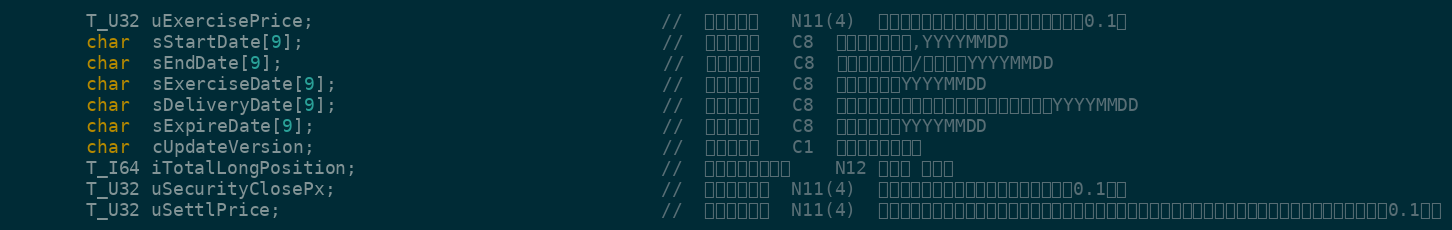
Language: C
	   T_U32 uExercisePrice;	                            //  期权行权价	N11(4)	经过除权除息调整后的期权行权价，精确到0.1厘
	   char  sStartDate[9];                                 //	首个交易日	C8	期权首个交易日,YYYYMMDD
	   char  sEndDate[9];                                   //	最后交易日	C8	期权最后交易日/行权日，YYYYMMDD
	   char  sExerciseDate[9];                              //	期权行权日	C8	期权行权日，YYYYMMDD
	   char  sDeliveryDate[9];                              //	行权交割日	C8	行权交割日，默认为行权日的下一个交易日，YYYYMMDD
	   char  sExpireDate[9];	                            //  期权到期日	C8	期权到期日，YYYYMMDD
	   char  cUpdateVersion;	                            //  合约版本号	C1	期权合约的版本号
	   T_I64 iTotalLongPosition;                            //	当前合约未平仓数	N12	单位是 （张）
	   T_U32 uSecurityClosePx;                              //	合约前收盘价	N11(4)	昨日收盘价，右对齐，单位：元（精确到0.1厘）
	   T_U32 uSettlPrice;                                   //	合约前结算价	N11(4)	昨日结算价，如遇除权除息则为调整后的结算价（合约上市首日填写参考价），右对齐，单位：元（精确到0.1厘）